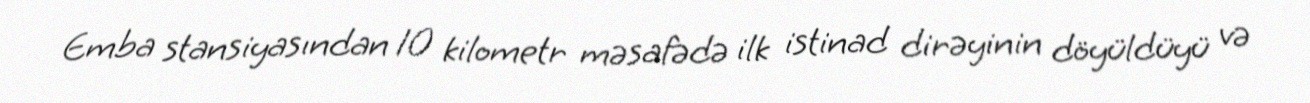
Emba stansiyasından 10 kilometr məsafədə ilk istinad dirəyinin döyüldüyü və